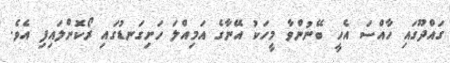
ގައްދޫގައި ހާއްސަ އެހީ ބޭނުންވާ މީހަކު އޭނާގެ އަމިއްލަ ހަށިގަނޑުގައި ރޯކޮށްލައިފި އެވެ.